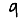
Digit: 9